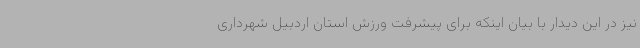
نیز در این دیدار با بیان اینکه برای پیشرفت ورزش استان اردبیل شهرداری